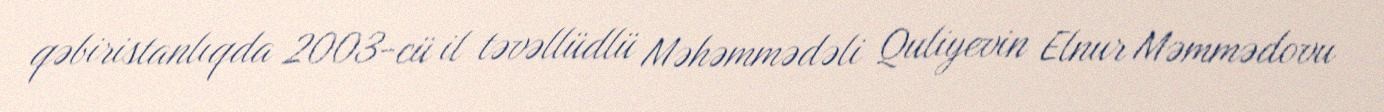
qəbiristanlıqda 2003-cü il təvəllüdlü Məhəmmədəli Quliyevin Elnur Məmmədovu